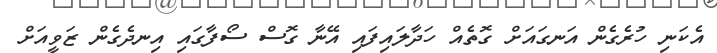
އެކަނި ހުރެގެން އަނގައަށް ގޮތެއް ހަދާލައިފައި އޭނާ ގޮސް ސޯފާގައި އިނދެގެން ޒަވީއަށް